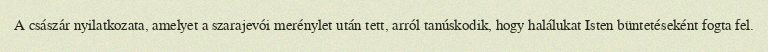
A császár nyilatkozata, amelyet a szarajevói merénylet után tett, arról tanúskodik, hogy halálukat Isten büntetéseként fogta fel.